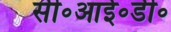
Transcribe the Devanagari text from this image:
सी॰आई॰डी॰